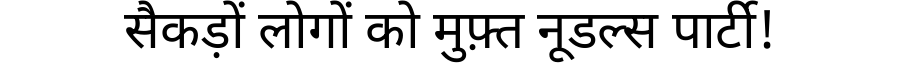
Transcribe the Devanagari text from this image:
सैकड़ों लोगों को मुफ़्त नूडल्स पार्टी!